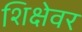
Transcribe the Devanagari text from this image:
शिक्षेवर